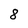
Character: 8